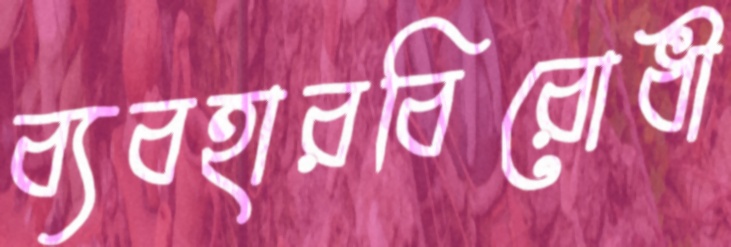
ব্যবহারবিরোধী